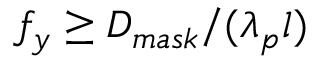
f _ { y } \geq D _ { m a s k } / ( \lambda _ { p } l )